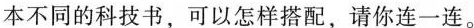
本不同的科技书，可以怎样搭配，请你连一连。